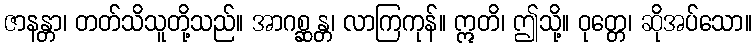
ဇာနန္တာ၊ တတ်သိသူတို့သည်။ အာဂစ္ဆန္တ၊ လာကြကုန်။ ဣတိ၊ ဤသို့။ ဝုတ္တေ၊ ဆိုအပ်သော။